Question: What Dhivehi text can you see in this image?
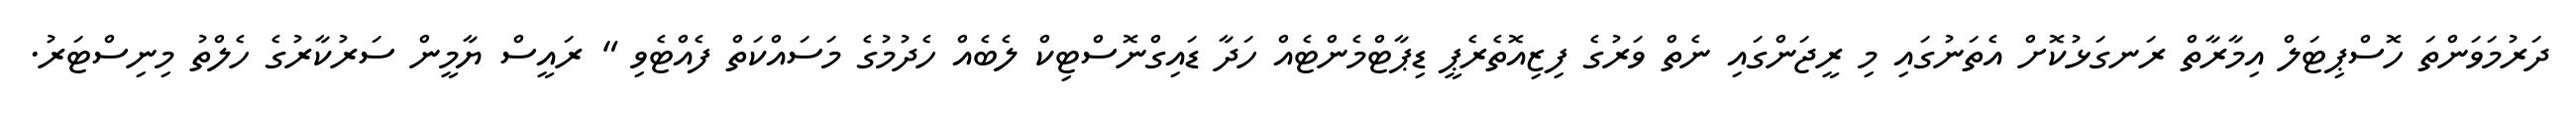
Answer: ދަރުމަވަންތަ ހޮސްޕިޓަލް އިމާރާތް ރަނގަޅުކޮށް އެތަނުގައި މި ރީޖަންގައި ނެތް ވަރުގެ ފިޒިއޮތެރެޕީ ޑިޕާޓްމެންޓެއް ހަދާ ޑައިގްނޮސްޓިކް ލެބެއް ހެދުމުގެ މަސައްކަތް ފެއްޓެވި " ރައީސް ޔާމީން ސަރުކާރުގެ ހެލްތު މިނިސްޓަރު.